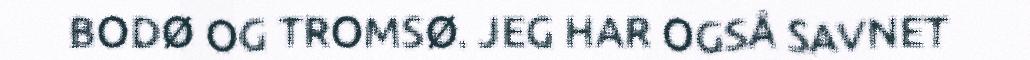
BODØ OG TROMSØ. JEG HAR OGSÅ SAVNET